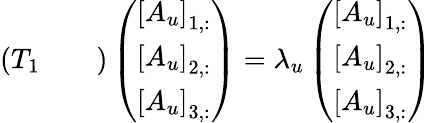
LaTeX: \left(\begin{array}{lll}{T_{1}}&{}&{}\end{array}\right)\left(\begin{array}{l}{\left[A_{u}\right]_{1,:}}\\ {\left[A_{u}\right]_{2,:}}\\ {\left[A_{u}\right]_{3,:}}\end{array}\right)=\lambda_{u}\left(\begin{array}{l}{\left[A_{u}\right]_{1,:}}\\ {\left[A_{u}\right]_{2,:}}\\ {\left[A_{u}\right]_{3,:}}\end{array}\right)